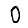
Digit: 0